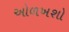
ઓળખશો